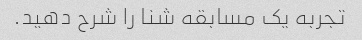
تجربه یک مسابقه شنا را شرح دهید.